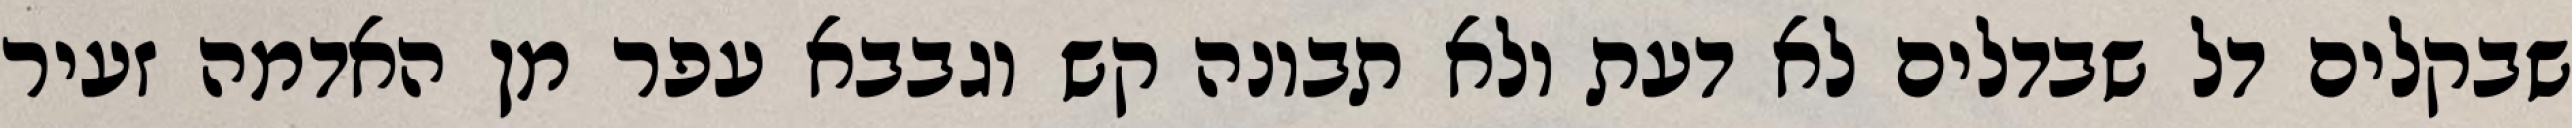
שבקלים דל שבדלים לא דעת ולא תבונה קש וגבבא עפר מן האדמה זעיר